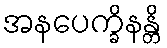
အနပေက္ခိနန္တိ